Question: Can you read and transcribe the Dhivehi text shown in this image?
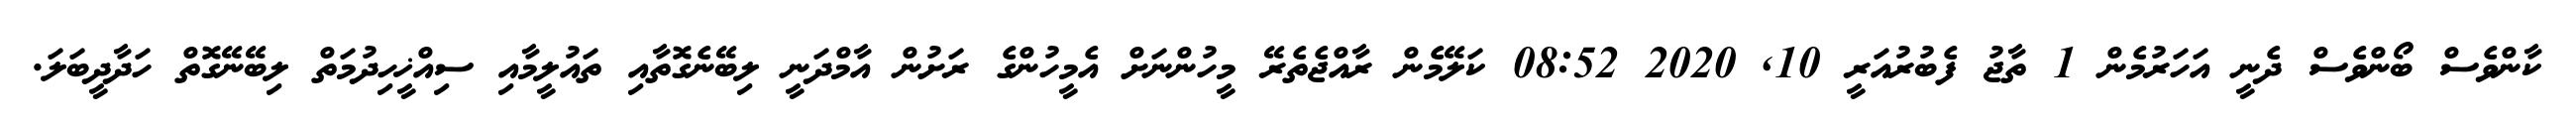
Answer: ކާންވެސް ބޯންވެސް ދެނީ އަހަރުމެން 1 ތާޖު ފެބުރުއަރީ 10, 2020 08:52 ކަލޭމެން ރާއްޖެތެރޭ މީހުންނަށް އެމީހުންގެ ރަށުން އާމްދަނީ ލިބޭނެގޮތާއި ތައުލީމާއި ސިއްޚީހިދުމަތް ލިބޭނޭގޮތް ހަދާދީބަލަ.